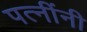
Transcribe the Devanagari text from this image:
पत्नींनी